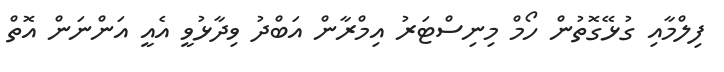
ފިލްމާއި ގުޅޭގޮތުން ހޯމް މިނިސްޓަރު އިމްރާން އަބްދު ވިދާޅުވީ އެއީ އަންނަން އޮތް